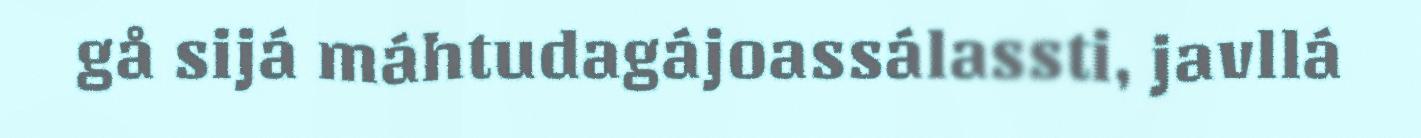
gå sijá máhtudagájoassálassti, javllá